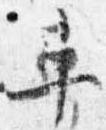
車